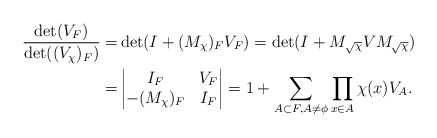
\begin{align*}\frac{\det(V_{F})}{\det((V_{\chi})_F)}=&\det(I+(M_{\chi})_FV_F)=\det(I+M_{\sqrt{\chi}}VM_{\sqrt{\chi}})\\=&\begin{vmatrix}I_F & V_F\\-(M_{\chi})_F & I_F\end{vmatrix}=1+\sum\limits_{A\subset F,A\neq \phi}\prod\limits_{x\in A}\chi(x)V_A.\end{align*}